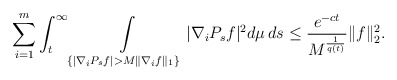
\begin{align*} \sum_{i=1}^m \int_t^{\infty} \int\limits_{\{ | \nabla_i P_s f | > M \|\nabla_i f \|_1 \}} |\nabla_i P_s f|^2 d\mu \, ds \leq \frac{e^{-ct}}{M^{\frac{1}{q(t)}}} \| f \|_2^2.\end{align*}